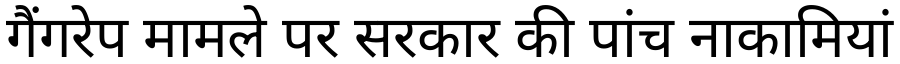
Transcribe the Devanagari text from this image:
गैंगरेप मामले पर सरकार की पांच नाकामियां